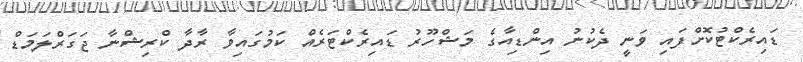
ޑައިރެކްޓުކޮށްފައި ވަނީ ދެކުނު އިންޑިއާގެ މަޝްހޫރު ޑައިރެކްޓަރެއް ކަމުގައިވާ ރާދާ ކްރިޝްނާ ޖަގަރްލަމަޑް